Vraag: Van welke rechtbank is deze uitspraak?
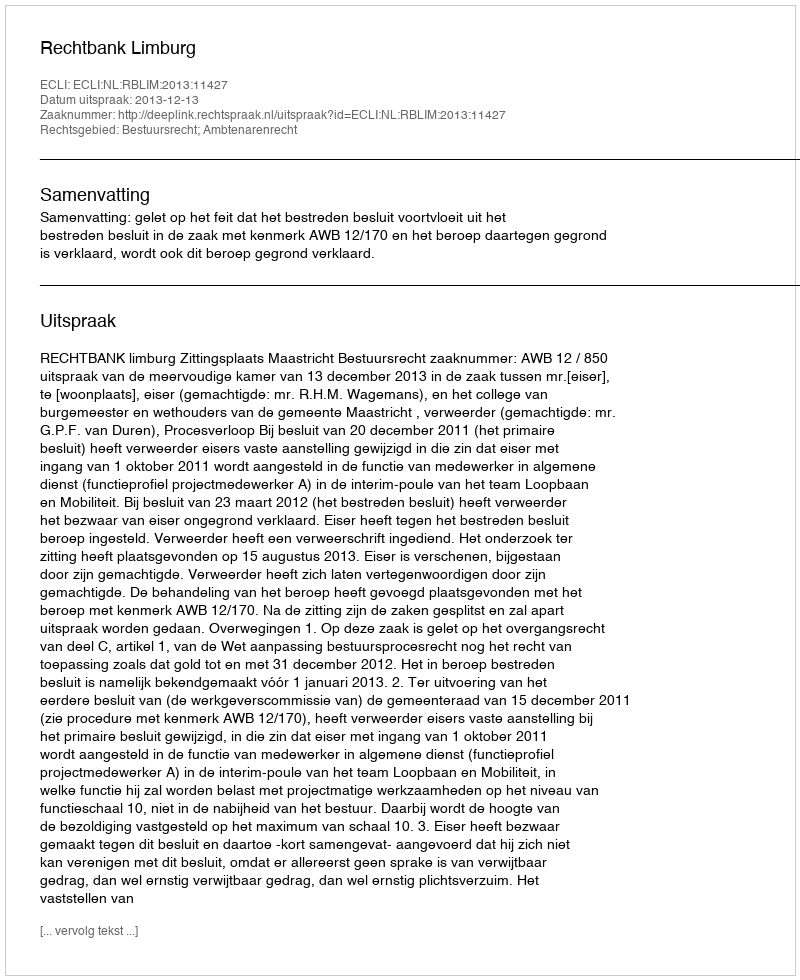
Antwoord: Rechtbank Limburg